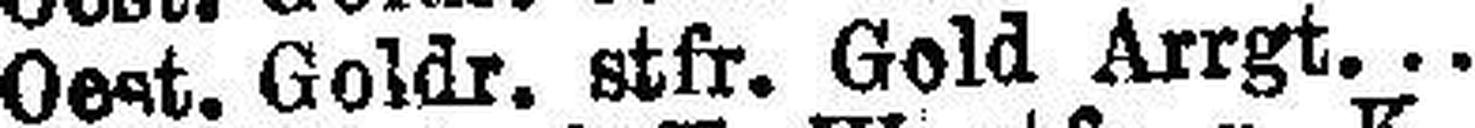
Oest. Goldr. stfr. Gold Arrgt. 4